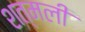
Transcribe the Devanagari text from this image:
शत्मली